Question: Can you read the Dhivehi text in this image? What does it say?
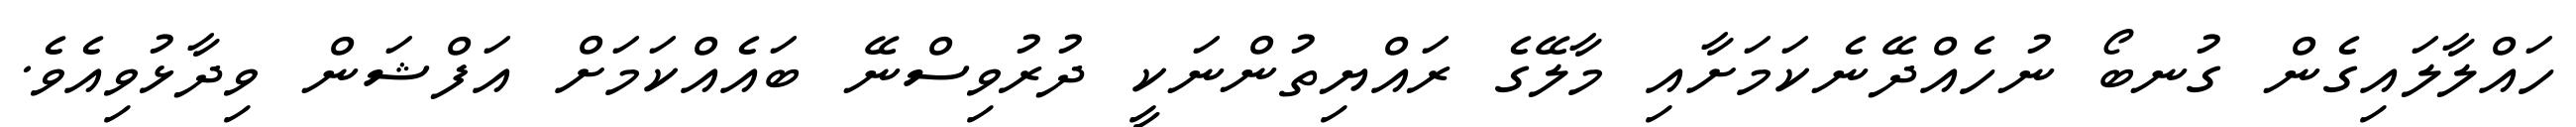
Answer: ހައްލާލައިގެން ގުނބޯ ނުހެއްދޭނެކަމަށާއި މާލޭގެ ރައްޔިތުންނަކީ ދުރުވިސްނޭ ބައެއްކަމަށް އަފްޝަން ވިދާޅުވިއެވެ.